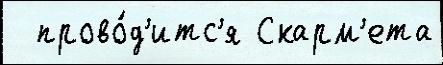
  прово́д'итс'я Скарм'ета